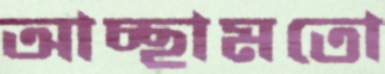
আচ্ছামতো